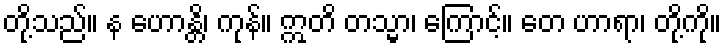
တို့သည်။ န ဟောန္တိ၊ ကုန်။ ဣတိ တသ္မာ၊ ကြောင့်။ တေ ဟာရာ၊ တို့ကို။